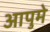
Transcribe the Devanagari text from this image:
आपुमे